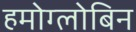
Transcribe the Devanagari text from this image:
हमोग्लोबिन